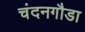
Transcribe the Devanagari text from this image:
चंदनगौडा